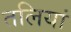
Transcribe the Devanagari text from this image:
तलियां